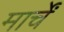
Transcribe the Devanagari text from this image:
मार्चें